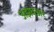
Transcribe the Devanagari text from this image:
अझघ्अर